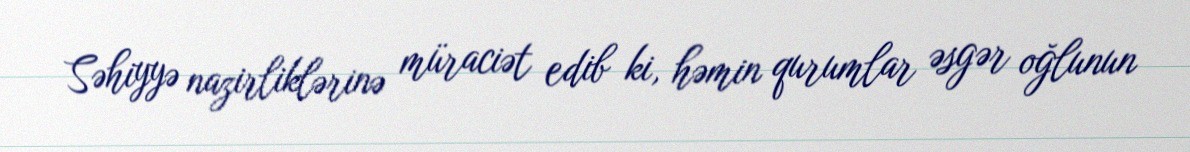
Səhiyyə nazirliklərinə müraciət edib ki, həmin qurumlar əsgər oğlunun